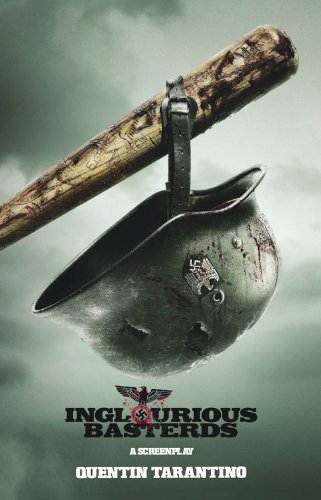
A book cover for Inglourious Basterds: A Screenplay; Quentin Tarantino; Humor & Entertainment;